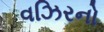
વઝિરનો